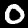
Label: 0